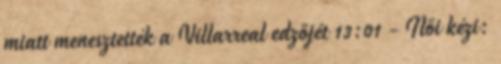
miatt menesztették a Villarreal edzőjét 13:01 - Női kézi: